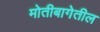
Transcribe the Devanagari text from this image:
मोतीबागेतील